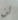
لن